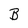
Character: B